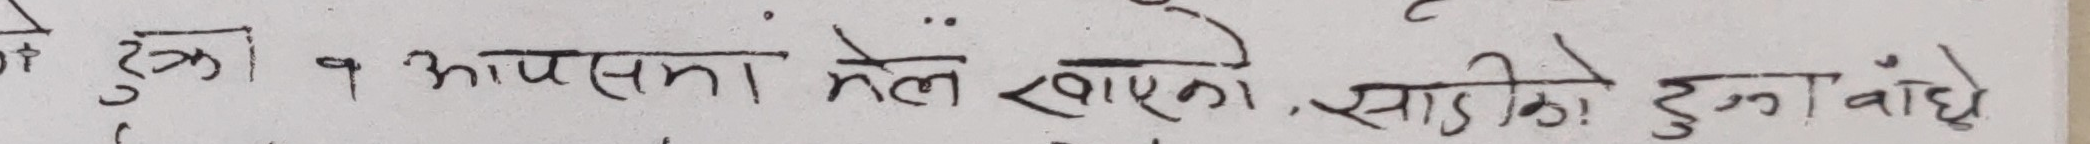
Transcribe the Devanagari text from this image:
रुका १ आपसमा मेल खाएको, साडीको टुका बांधे।